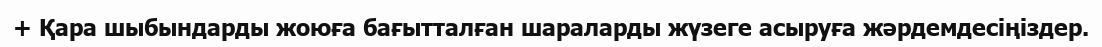
+ Қара шыбындарды жоюға бағытталған шараларды жүзеге асыруға жәрдемдесіңіздер.